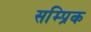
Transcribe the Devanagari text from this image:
सम्प्रिक